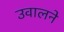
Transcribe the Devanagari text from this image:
उवालने